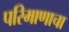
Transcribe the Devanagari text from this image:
परिमाणाचा